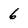
Character: 6